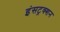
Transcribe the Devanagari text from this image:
इंसट्रक्शन